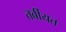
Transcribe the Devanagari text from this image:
तर्बीयत